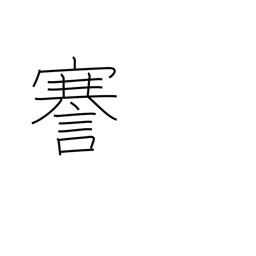
Meaning: speak frankly